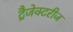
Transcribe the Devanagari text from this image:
ट्रैजेक्टरीज